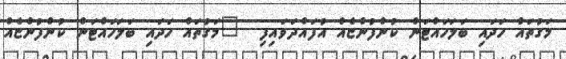
މަގުތައް ހަދައި ބަލަހައްޓަން ކުންފުންޏެއް އުފައްދަވައިފި  	މަގުތައް ހަދައި ބަލަހައްޓަން ކުންފުންޏެއް